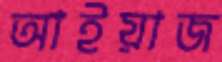
আইয়াজ